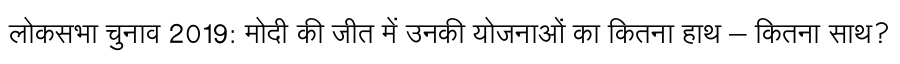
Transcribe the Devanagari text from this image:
लोकसभा चुनाव 2019: मोदी की जीत में उनकी योजनाओं का कितना हाथ – कितना साथ?